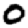
Digit: 0